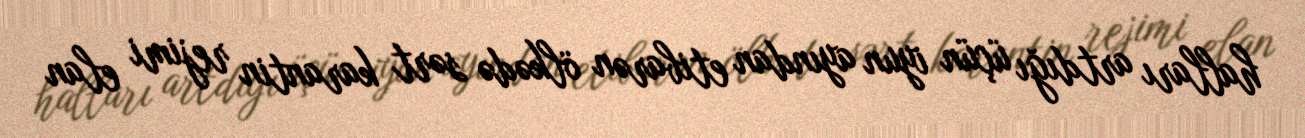
halları artdığı üçün iyun ayından etibarən ölkədə sərt karantin rejimi elan